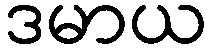
ဒမာယ